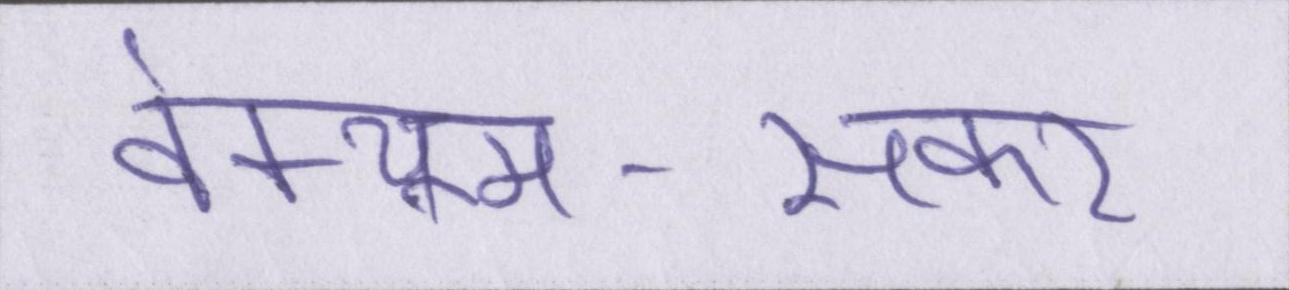
वेक्यूम-सकर